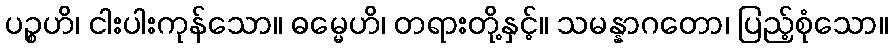
ပဉ္စဟိ၊ ငါးပါးကုန်သော။ ဓမ္မေဟိ၊ တရားတို့နှင့်။ သမန္နာဂတော၊ ပြည့်စုံသော။